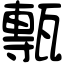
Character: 甎